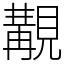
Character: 覯